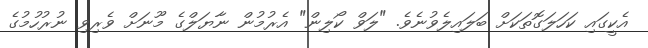
އެކީގައި ކަހަލަގޮތަކަށް ބަލައިލެވުނެވެ. "ލަވް ކޯލިން" އެރުމުން ނާޔަލްގެ މޫނަށް ވެރިވި ނުރުހުމުގެ